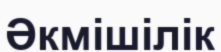
Әкмішілік